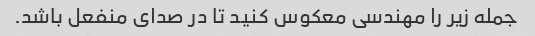
جمله زیر را مهندسی معکوس کنید تا در صدای منفعل باشد.